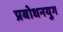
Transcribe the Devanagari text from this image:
प्रबोधनयुग